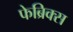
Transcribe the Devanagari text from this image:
फेब्रिक्स